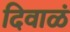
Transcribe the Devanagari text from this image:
दिवाळं